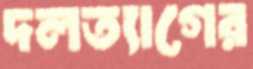
দলত্যাগের